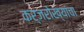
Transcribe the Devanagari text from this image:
कर्जरोख्यांचा